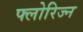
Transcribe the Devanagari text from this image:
फ्लोरिज्न